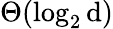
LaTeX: \Theta(\log_{2}\mathrm{d})